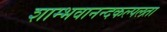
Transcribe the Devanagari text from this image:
शाम्भवानन्दकल्पलता